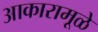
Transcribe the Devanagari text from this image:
आकारामूळे